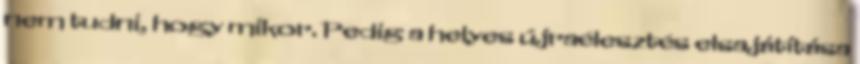
nem tudni, hogy mikor. Pedig a helyes újraélesztés elsajátítása